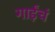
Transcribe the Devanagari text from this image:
गाईंचं